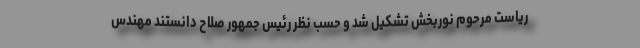
ریاست مرحوم نوربخش تشکیل شد و حسب نظر رئیس جمهور صلاح دانستند مهندس